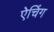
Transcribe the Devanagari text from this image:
ऐचिंग